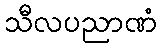
သီလပညာဏံ